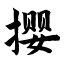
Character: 撄